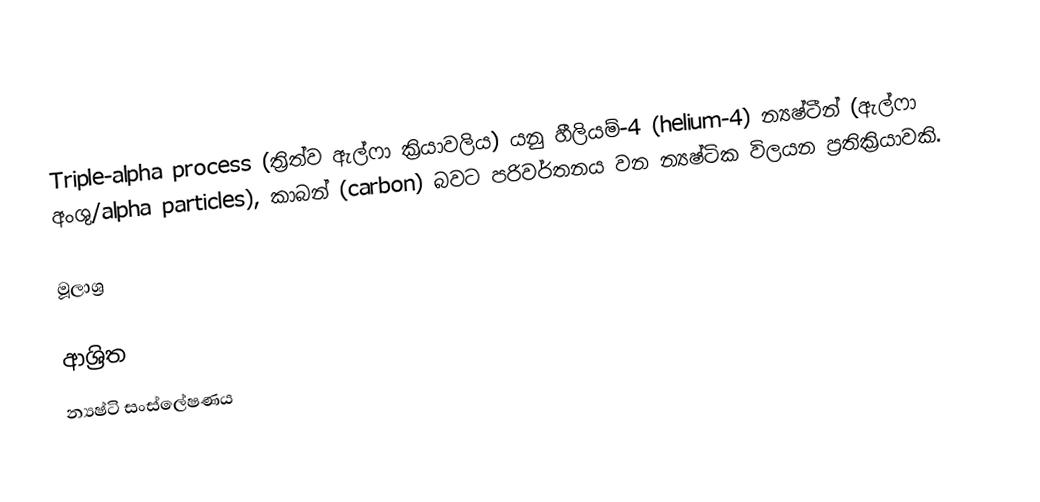
Triple-alpha process (ත්‍රිත්ව ඇල්ෆා ක්‍රියාවලිය) යනු හීලියම්-4 (helium-4) න්‍යෂ්ටීන් (ඇල්ෆා අංශු/alpha particles), කාබන් (carbon) බවට පරිවර්තනය වන න්‍යෂ්ටික විලයන ප්‍රතික්‍රියාවකි.

මූලාශ්‍ර

ආශ්‍රිත
 න්‍යෂ්ටි සංස්ලේෂණය